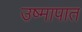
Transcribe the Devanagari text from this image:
उष्मापात